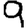
Digit: 9